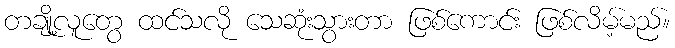
တချို့လူတွေ ထင်သလို သေဆုံးသွားတာ ဖြစ်ကောင်း ဖြစ်လိမ့်မည်။